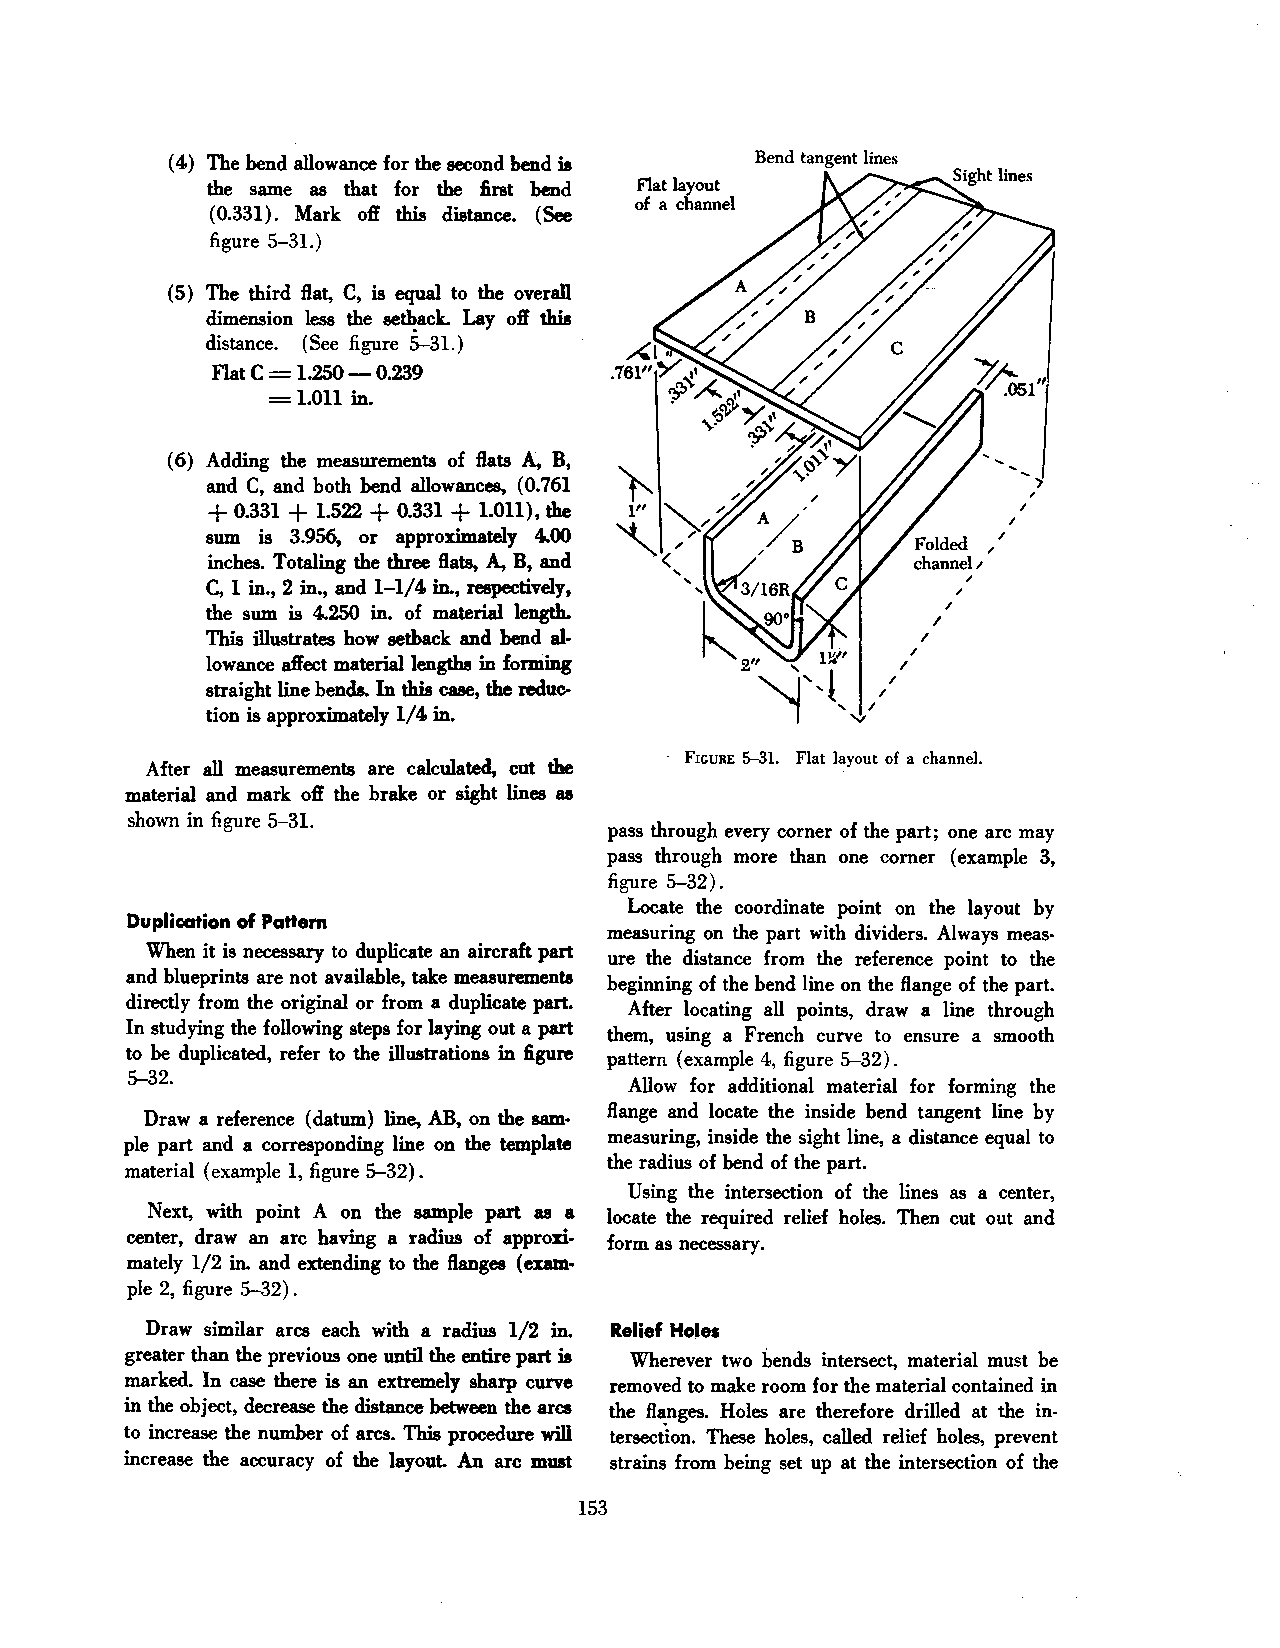
Bend tangent lines
 ( 4) The bend allowance for the second bend is
 the same as that for the first bend F1at layout
 of a channel
 (0.331). Mark off this distance. (See
 figure 5-31.)
 ( 5) The third flat, C, is equal to the overall
 dimension less the se~ack. Lay off this
 distance. (See figure 5-31.)
 Flat C = 1.250-0.239
 =
 1.011 in.
 ( 6) Adding the measurements of flats A, B,
 and C, and both bend allowances, ( 0. 761             ,
 +    +     +    +
 0.331 1.522 0.331 1.011), the                       /
 /
 sum is 3.956, or approximately 4.00                 /
 inches. Totaling the three flats, A, B, and
 ,
 C, 1 in., 2 in., and 1-1/4 in., respectively,
 the sum is 4.250 in. of material length.         /
 /
 This illustrates how setback and bend al       /
 lowance affect material lengths in forming
 straight line bends. In this case, the reduc
 tion is approximately 1/4 in.
 · FIGURE 5-31. Flat layout of a channel.
 After all measurements are calculated, cut the
 material and mark off the brake or sight lines as
 shown in figure 5-31.
 pass through every corner of the part; one arc may
 pass through more than one corner (example 3,
 figure 5-32) .
 Locate the coordinate point on the layout by
 Duplication of Pattern
 measuring on the part with dividers. Always meas·
 When it is necessary to duplicate an aircraft part
 ure the distance from the reference point to the
 and blueprints are not available, take measurements
 beginning of the bend line on the flange of the part.
 directly from the original or from a duplicate part.
 After locating all points, draw a line through
 In studying the following steps for laying out a part
 them, using a French curve to ensure a smooth
 to be duplicated, refer to the illustrations in figure pattern (example 4, figure 5-32).
 5-32.
 Allow for additional material for forming the
 flange and locate the inside bend tangent line by
 Draw a reference (datum) line, AB, on the sam·
 measuring, inside the sight line, a distance equal to
 pie part and a corresponding line on the template
 the radius of bend of the part.
 material (example 1, figure 5-32).
 Using the intersection of the lines as a center,
 Next, with point A on the sample part as a locate the required relief holes. Then cut out and
 center, draw an arc having a radius of approxi form as necessary.
 mately 1/2 in. and extending to the flanges (exam·
 ple 2, figure 5-32).
 Draw similar arcs each with a radius 1/2 in. Relief Ho.les
 greater than the previous one until the entire part is Wherever two bends intersect, material must be
 marked. In case there is an extremely sharp curve removed to make room for the material contained in
 in the object, decrease the distance between the arcs the flanges. Holes are therefore drilled at the in
 to increase the number of arcs. This procedure will tersection. These holes, called relief holes, prevent
 increase the accuracy of the layouL An arc must strains from being set up at the intersection of the
 153